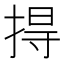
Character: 㧹